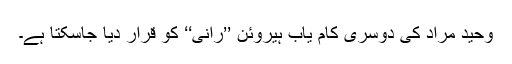
وحید مراد کی دوسری کام یاب ہیروئن ’’رانی‘‘ کو قرار دیا جاسکتا ہے۔